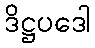
ဒိဋ္ဌပဒေါ